Statistical return of the lunatic asylum in Assam - 1912-1932
Year: 1912
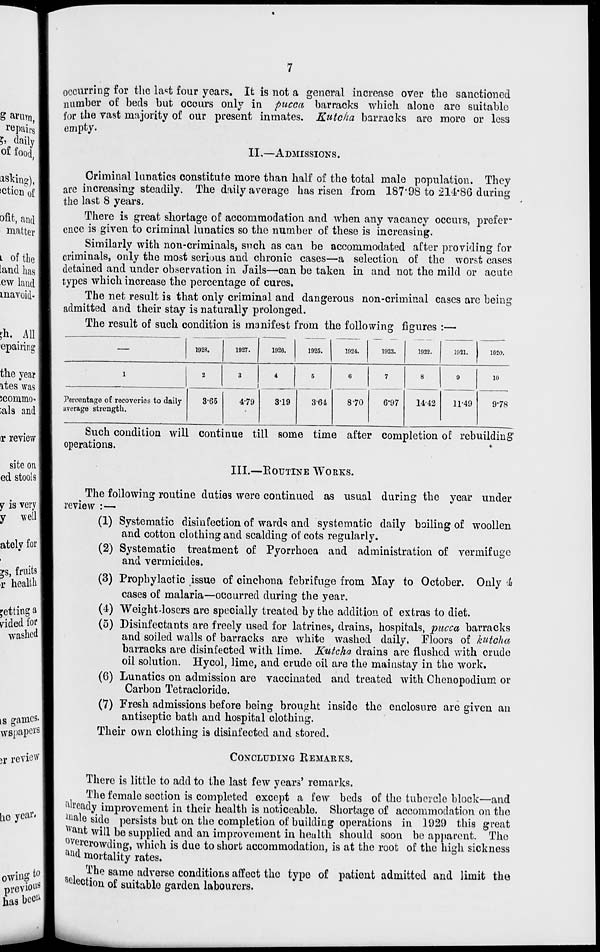
occurring for the last four years. It is not a general increase over the sanctioned
number of beds but occurs only in pucca barracks which alone are suitable
for the vast majority of our present inmates. Kutcha barracks are more or less
empty.
II,—ADMISSIONS.
Criminal lunatics constitute more than half of the total male population. They
are increasing steadily. The daily average has risen from 187'98 to 214*86 during
the last 8 years.
There is great shortage of accommodation and when any vacancy occurs, prefer-
ence is given to criminal lunatics so the number of these is increasing.
Similarly with non-criminals, such as can be accommodated after providing for
criminals, only the most serious and chronic cases—a selection of the worst cases
detained and under observation in Jails—can be taken in and not the mild or acute
types which increase the percentage of cures.
The net result is that only criminal and dangerous non-criminal cases are being
admitted and their stay is naturally prolonged.
The result of such condition is manifest from the following figures :—
—
1928.
1927.
1926.
1925.
1924.
1923.
1922.
1921.
1020.
1
2
3
i
4
5
6
7
8
9
10
Percentage of recoveries to daily
average strength.
365
4-79
3-19
361
8'70
6*97
1442
11-49
9-78
Such condition will continue till some time after completion of rebuilding 7
operations.
III.—ROUTINE WORKS.
The following routine duties were continued as usual during the year under
review : —
(1) Systematic disinfection of wards and systematic daily boiling of woollen
and cotton clothing and scalding of cots regularly.
(2) Systematic treatment of Pyorrhoea and administration of vermifuge
and vermicides.
(3) Prophylactic issue of cinchona febrifuge from May to October. Only 4
cases of malaria—occurred during the year.
(4) Weight-losers are specially treated by the addition of extras to diet.
(5) Disinfectants are freely used for latrines, drains, hospitals, pucca barracks
and soiled walls of barracks are white washed daily. Floors of kutcha
barracks are disinfected with lime. Kutcha drains are flushed with crude
oil solution. Hycol, lime, and crude oil are the mainstay in the work.
(6) Lunatics on admission are vaccinated and treated with Chenopodium or
Carbon Tetracloride.
(7) Fresh admissions before being brought inside the enclosure are given an
antiseptic bath and hospital clothing.
Their own clothing is disinfected and stored.
CONCLUDING REMARKS.
There is little to add to the last few years' remarks.
The female section is completed except a few beds of the tubercle block—and
already improvement in their health is noticeable. Shortage of accommodation on the
niale side persists but on the completion of building operations in 1929 this great
Av ant will be supplied and an improvement in health should soon be apparent. The
overcrowding, which is due to short accommodation, is at the root of the high sickness
at *d mortality rates.
The same adverse conditions affect the typo of patient admitted and limit the
Election of suitablo eardeu labourers.